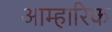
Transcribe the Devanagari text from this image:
आम्हारिक